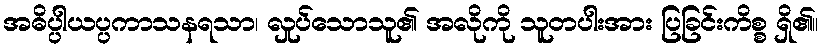
အဓိပ္ပါယပ္ပကာသနရသာ၊ လှုပ်သောသူ၏ အလိုကို သူတပါးအား ပြခြင်းကိစ္စ ရှိ၏။